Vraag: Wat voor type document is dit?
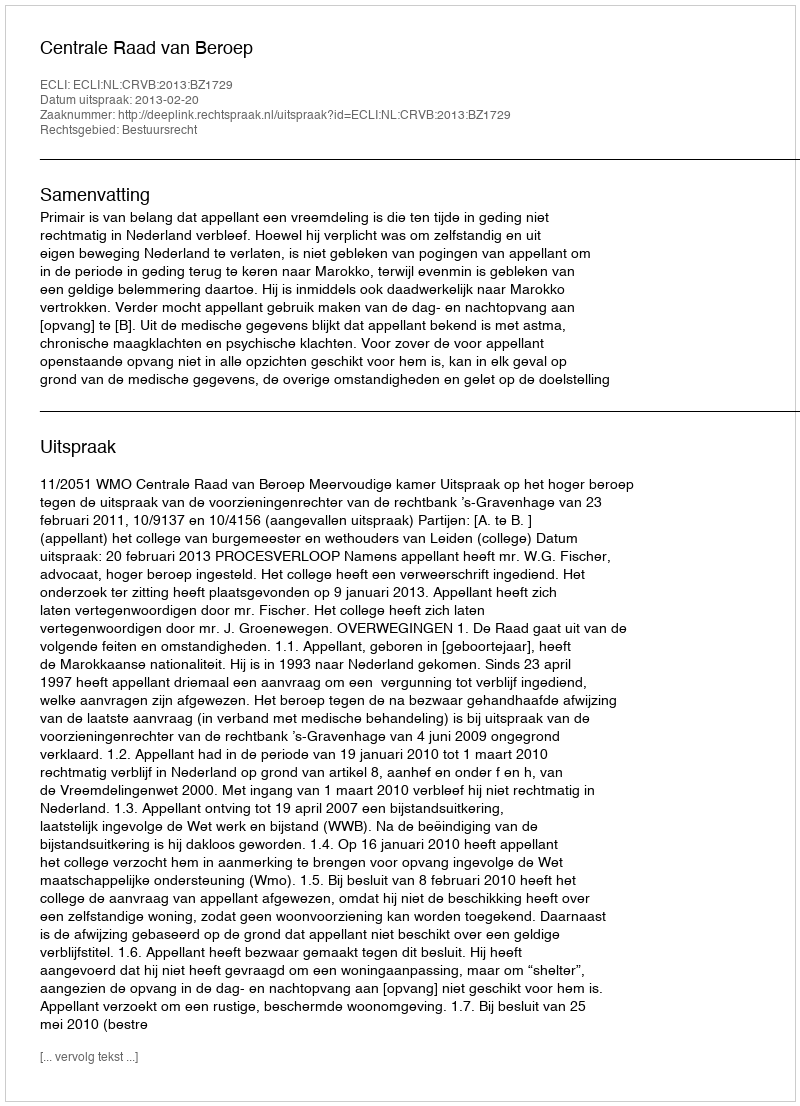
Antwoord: Uitspraak